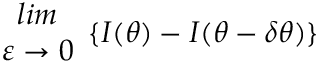
\begin{array} { c } { { l i m } } \\ { { \varepsilon \rightarrow 0 } } \end{array} \{ I ( \theta ) - I ( \theta - \delta \theta ) \}